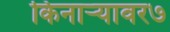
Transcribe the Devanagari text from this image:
किनाऱ्यावर७